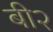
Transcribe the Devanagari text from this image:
बी२